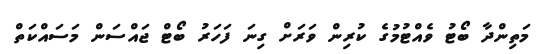
މަތިންދާ ބޯޓު ވެއްޓުމުގެ ކުރިން ވަރަށް ގިނަ ފަހަރު ބޯޓް ޖައްސަން މަސައްކަތް